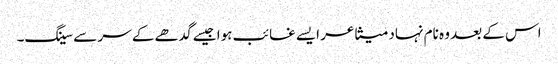
اس کے بعد وہ نام نہاد متشاعر ایسے غائب ہوا جیسے گدھے کے سر سے سینگ۔